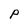
Character: P